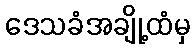
ဒေသခံအချို့ထံမှ